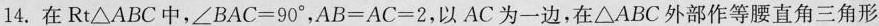
14.在Rt△\triangleABC中，$$∠BAC=90°$$，$$AB=AC=2$$，以AC为一边，在△\triangleABC外部作等腰直角三角形